Civil Veterinary Dept. Bombay admin report 1893-99 - 1893-1899
Year: 1893
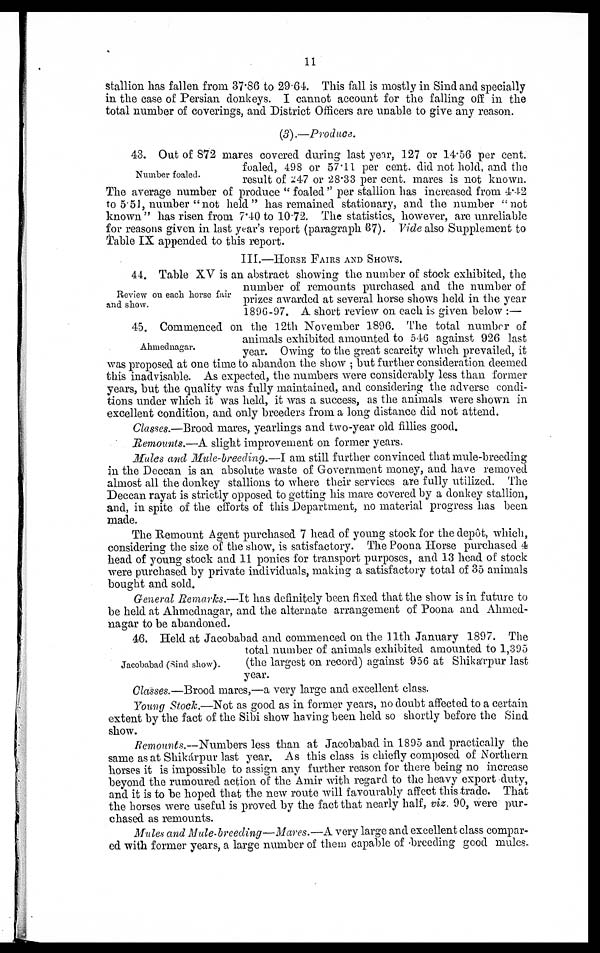
11
stallion has fallen from 37.86 to 29.64. This fall is mostly in Sind and specially
in the case of Persian donkeys. I cannot account for the falling off in the
total number of coverings, and District Officers are unable to give any reason.
(3).—Produce.
Number foaled.
43. Out of 872 mares covered during last year, 127 or 14.56 per cent.
foaled, 498 or 57.11 per cent. did not hold, and the
result of 247 or 28.33 per cent. mares is not known.
The average number of produce "foaled" per stallion has increased from 4.42
to 5.51, number "not held" has remained stationary, and the number "not
known" has risen from 7.40 to 10.72. The statistics, however, are unreliable
for reasons given in last year's report (paragraph 37). Vide also Supplement to
Table IX appended to this report.
III.—HORSE FAIRS AND SHOWS.
Review on each horse fair
and show.
44. Table XV is an abstract showing the number of stock exhibited, the
number of remounts purchased and the number of
prizes awarded at several horse shows held in the year
1896-97. A short review on each is given below:—
Ahmednagar.
45. Commenced on the 12th November 1896. The total number of
animals exhibited amounted to 546 against 926 last
year. Owing to the great scarcity which prevailed, it
was proposed at one time to abandon the show; but further consideration deemed
this inadvisable. As expected, the numbers were considerably less than former
years, but the quality was fully maintained, and considering the adverse condi-
tions under which it was held, it was a success, as the animals were shown in
excellent condition, and only breeders from a long distance did not attend.
Classes.—Brood mares, yearlings and two-year old fillies good.
Remounts.—A slight improvement on former years.
Mules and Mule-breeding.—I am still further convinced that mule-breeding
in the Deccan is an absolute waste of Government money, and have removed
almost all the donkey stallions to where their services are fully utilized. The
Deccan rayat is strictly opposed to getting his mare covered by a donkey stallion,
and, in spite of the efforts of this Department, no material progress has been
made.
The Remount Agent purchased 7 head of young stock for the depôt, which,
considering the size of the show, is satisfactory. The Poona Horse purchased 4
head of young stock and 11 ponies for transport purposes, and 13 head of stock
were purchased by private individuals, making a satisfactory total of 35 animals
bought and sold.
General Remarks.—It has definitely been fixed that the show is in future to
be held at Ahmednagar, and the alternate arrangement of Poona and Ahmed-
nagar to be abandoned.
Jacobabad (Sind show).
46. Held at Jacobabad and commenced on the 11th January 1897. The
total number of animals exhibited amounted to 1,395
(the largest on record) against 956 at Shikárpur last
year.
Classes.—Brood mares,—a very large and excellent class.
Young Stock.—Not as good as in former years, no doubt affected to a certain
extent by the fact of the Sibi show having been held so shortly before the Sind
show.
Remounts.—Numbers less than at Jacobabad in 1895 and practically the
same as at Shikárpur last year. As this class is chiefly composed of Northern
horses it is impossible to assign any further reason for there being no increase
beyond the rumoured action of the Amir with regard to the heavy export duty,
and it is to be hoped that the new route will favourably affect this trade. That
the horses were useful is proved by the fact that nearly half, viz. 90, were pur-
chased as remounts.
Mules and Mule-breeding—Mares.—A very large and excellent class compar-
ed with former years, a large number of them capable of breeding good mules.